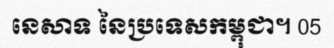
នេសាទ នៃប្រទេសកម្ពុជា។ 05